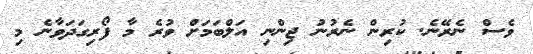
ވެސް ނެެރޭނެ. ކުރިން ނެރުނު ޖިންނި އަލްބަމަށް ވުރެ މާ ފޯރިގަދަވާނެ މި